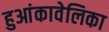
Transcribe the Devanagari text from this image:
हुआंकावेलिका